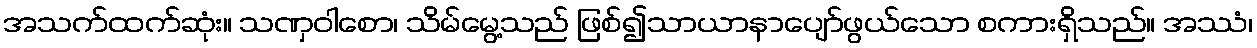
အသက်ထက်ဆုံး။ သဏှဝါစော၊ သိမ်မွေ့သည် ဖြစ်၍သာယာနာပျော်ဖွယ်သော စကားရှိသည်။ အဿံ၊